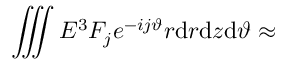
\iiint { \cal E } ^ { 3 } F _ { j } e ^ { - i j \vartheta } r \mathrm { d } r \mathrm { d } z \mathrm { d } \vartheta \approx